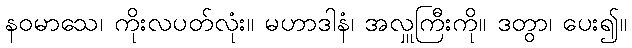
နဝမာသေ၊ ကိုးလပတ်လုံး။ မဟာဒါနံ၊ အလှူကြီးကို။ ဒတွာ၊ ပေး၍။